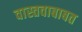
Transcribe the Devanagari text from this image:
वास्तवाबाबत